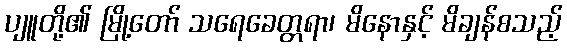
ပျူတို့၏ မြို့တော် သရေခေတ္တရာ၊ မိနောနှင့် မိချန်စသည့်